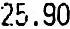
25.90